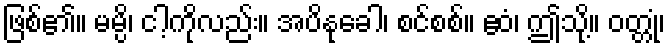
ဖြစ်၏။ မမ္ပိ၊ ငါ့ကိုလည်း။ အပိနုခေါ၊ စင်စစ်။ ဧဝံ၊ ဤသို့။ ဝတ္တုံ၊